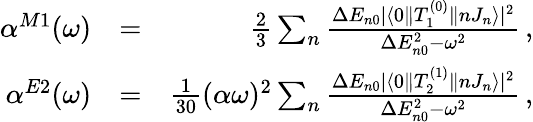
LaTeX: \begin{array}{rlr}{\alpha^{M1}(\omega)}&{=}&{\frac{2}{3}\sum_{n}\frac{\Delta E_{n0}|\langle 0\| T_{1}^{(0)}\| nJ_{n}\rangle|^{2}}{\Delta E_{n0}^{2}-\omega^{2}}\, ,}\\ {\alpha^{E2}(\omega)}&{=}&{\frac{1}{30}(\alpha\omega)^{2}\sum_{n}\frac{\Delta E_{n0}|\langle 0\| T_{2}^{(1)}\| nJ_{n}\rangle|^{2}}{\Delta E_{n0}^{2}-\omega^{2}}\, ,}\end{array}